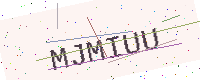
Text: MJMIUU